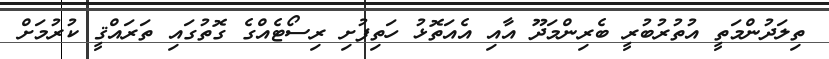
ތިލަދުންމަތީ އުތުރުބުރީ ބެރިންމަދޫ އާއި އެއަތޮޅު ހަތިފުށި ރިސޯޓެއްގެ ގޮތުގައި ތަރައްޤީ ކުރުމަށް